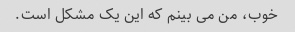
خوب، من می بینم که این یک مشکل است.